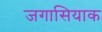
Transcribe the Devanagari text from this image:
जगासियाक